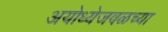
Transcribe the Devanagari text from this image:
अयोध्येजवळच्या